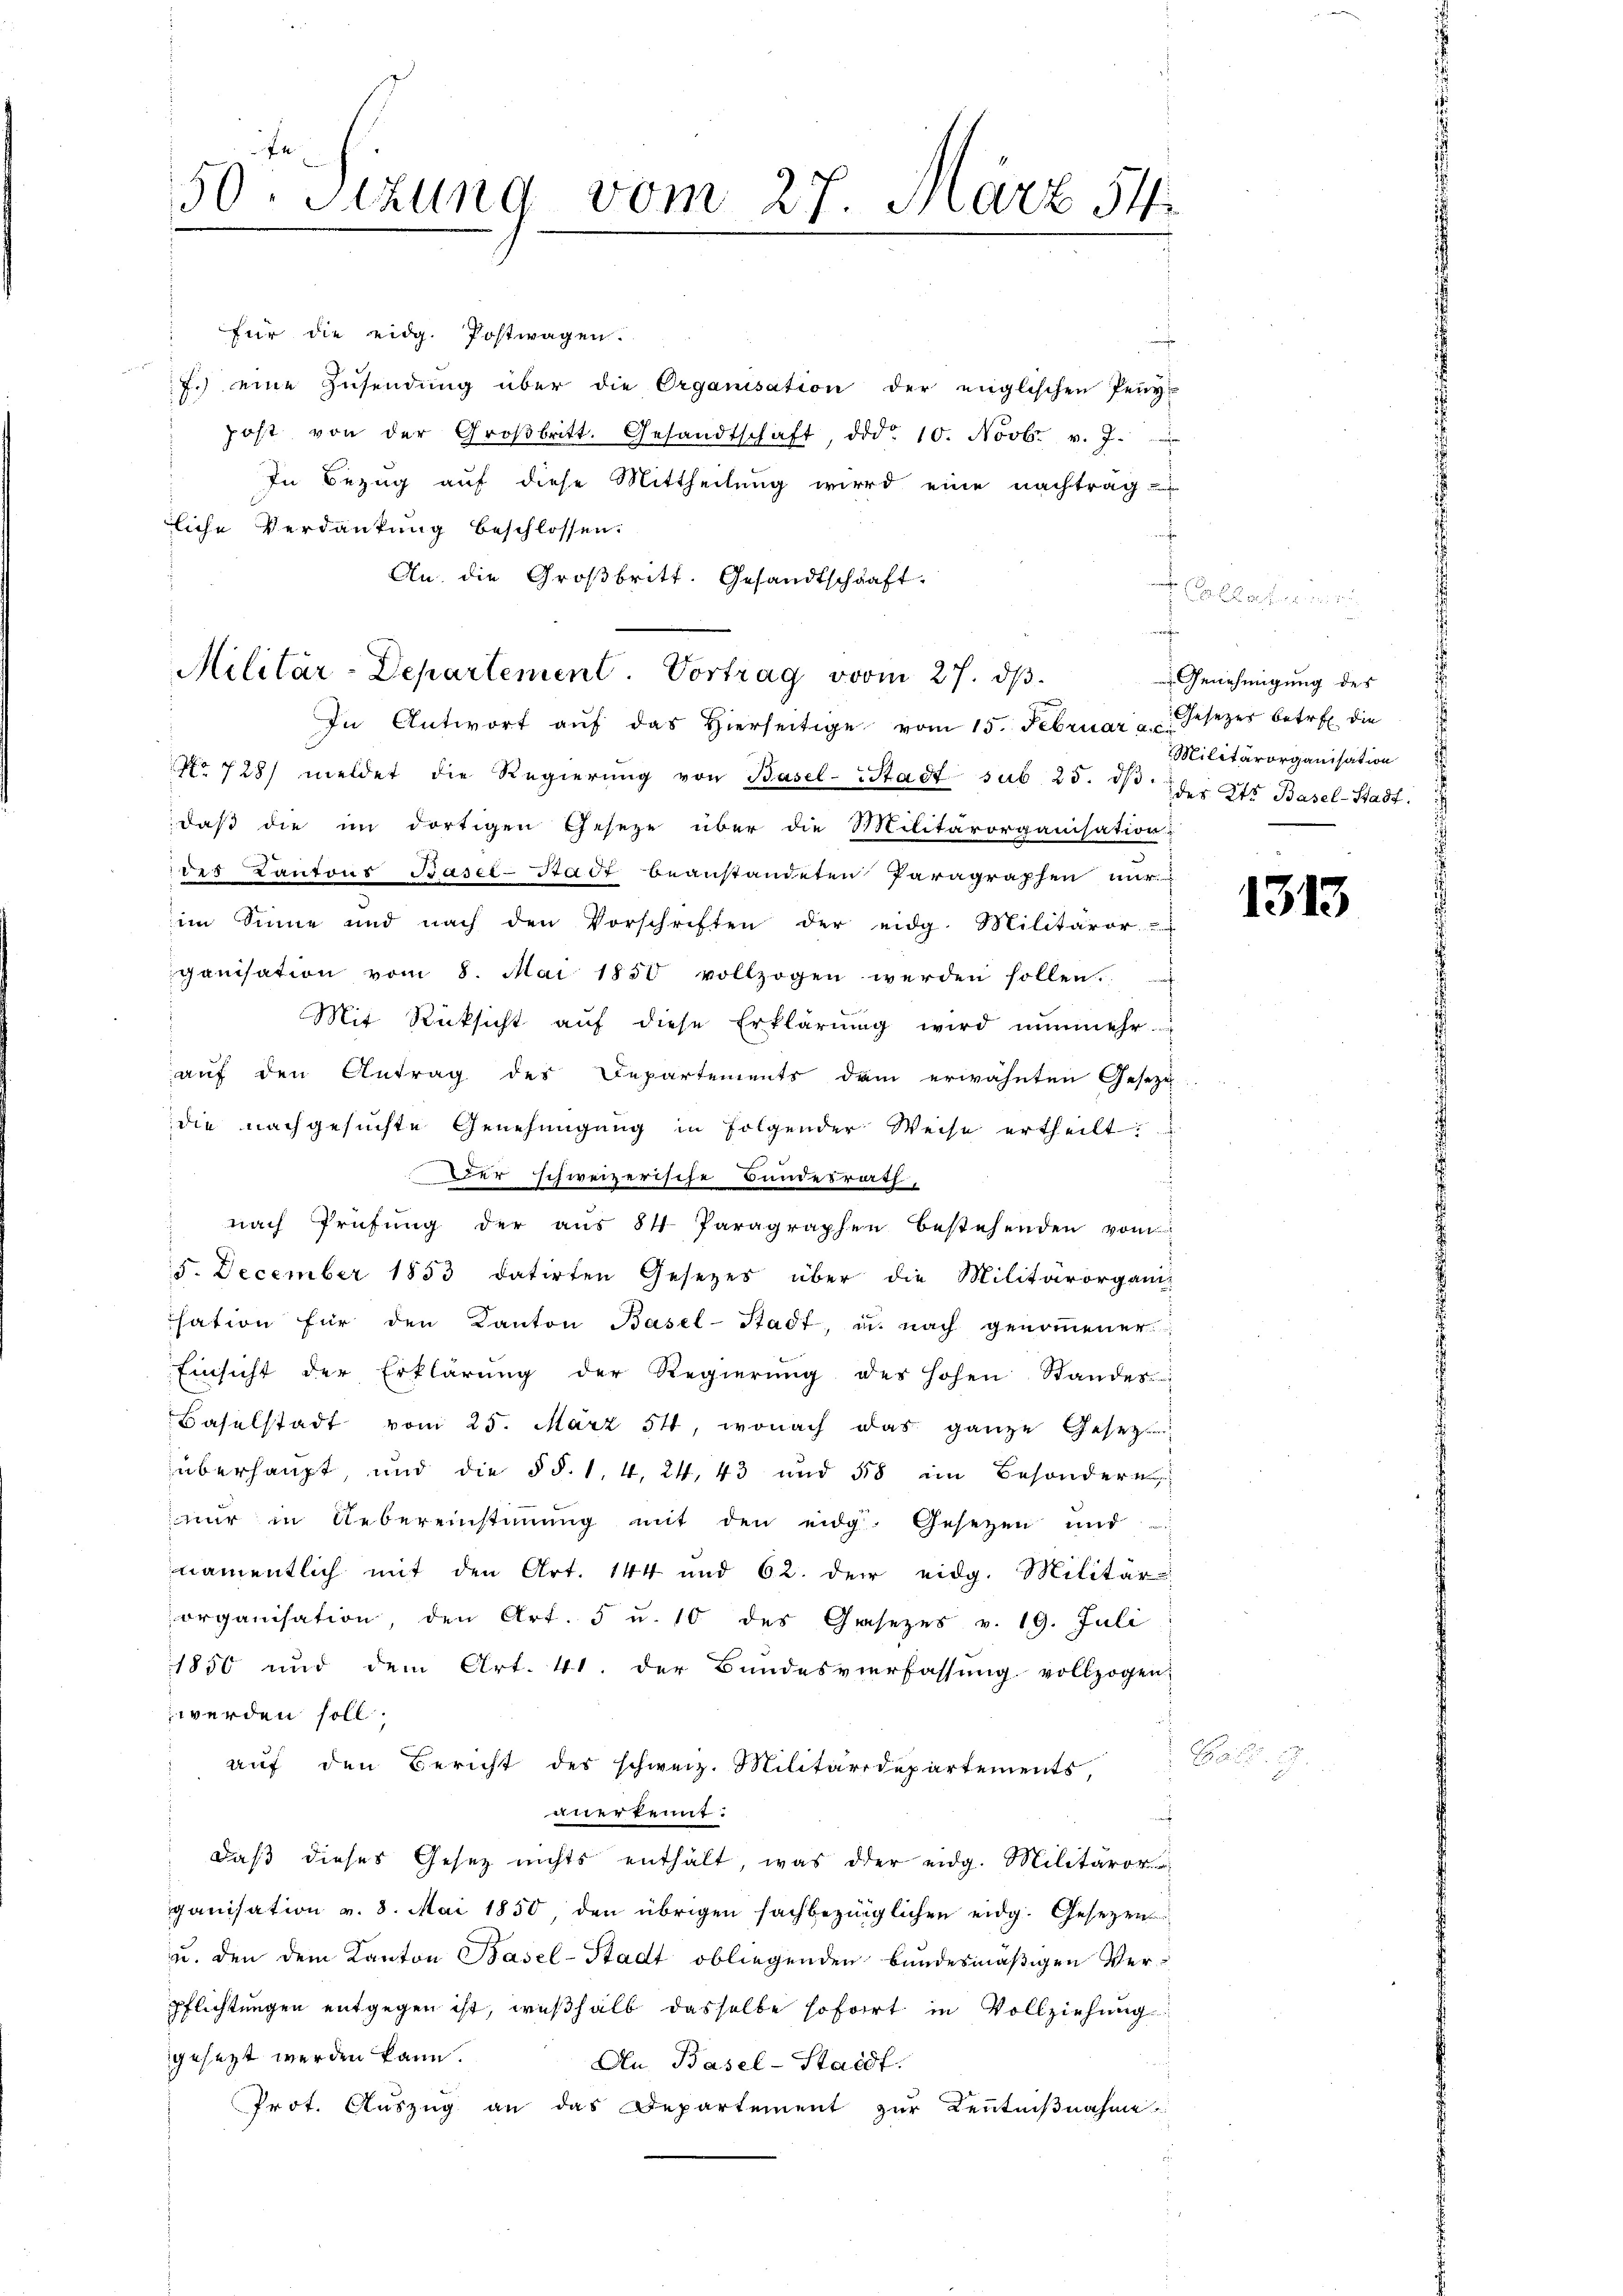
50. Sizung vom 27. März 54.

für die eidg. Postwagen.
.) eine Zŭsendung über die Organisation der englischen Peny-
post von der Groβbritt. Gesandtschaft, d.d. 10. Novbr. v. J.
In Bezug auf diese Mittheilung wird eine nachtrag
liche Verdankung beschlossen:
f
An. die Großbritt. Gesandtschaft.
In Antwort aŭf das hierseitige vom 15. Februar a. Gesezes betr. die
No 728) meldet die Regierŭng von Basel-Stadt sub. 25. dβ der 2ts Basel-Stadt:
daß die im dortigen Geseze über die Militärorganisation
des Kantons Basel-Stadt beanstandeten Paragraphen mir
im Sinne und nach den Vorschriften der eidg. Militäror
ganisation vom 8. Mai 1850 vollzogen werden sollen.
Mit Rücksicht aŭf diese Erklärŭng wird nunmehr
auf den Antrag des Departements dem erwähnten Gesezu
die nachgesuchte Genehmigung in folgender Weise ertheilt:
Der schweizerische Bundesrath,
 nach Prüfung der aus 84 Paragraphen bestehenden vom
5. December 1853 datirten Gesetzes über die Militärorganis
sation für den Kanton Basel-Stadt, u. nach genoṁener
Einsicht der Erklärŭng der Regierŭng des Hohen Standes
Baselstadt vom 25. März 54, wonach das ganze Gesetz
überhaupt, und die § §. 1. 4, 24, 43 und 58 im Besondere
nŭr in Uebereinstiṁŭng mit den eidg. Gesetzen und
namentlich mit den Art. 144 und 62. der eidg. Militär
organisation, den Art. 5 u. 10 des Gasezes v. 19. Juli
1850 und dem Art. 41. der Bundesverfassŭng vollzogen,
werden soll;
auf den Bericht des schweiz. Militärdepartements,
anerkennt:
daβ dieses Gesetz nichts enthält, was der eidg. Militäror
ganisation v. 8. Mai 1850, den übrigen sachbezüglichen eidg. Gesezen
u. den dem Kanton Basel-Stadt obliegenden bundesmäßigen Verpflichtungen entgegen ist, weßhalb dasselbe sofort in Vollziehung
gesetzt werden kann.
An Basel-Stadt.
Prot. Auszug an das Departement zur Kenntnißnahme

Militär-Departement. Vortrag vom 27. dβ.

d

mache
¬

a
 Genehmigung des
Militärorganisation

1313